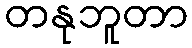
တနုဘူတာ